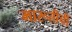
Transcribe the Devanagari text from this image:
मारूतीची